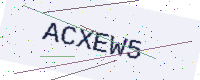
Text: ACXEW5